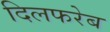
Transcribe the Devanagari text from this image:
दिलफरेब